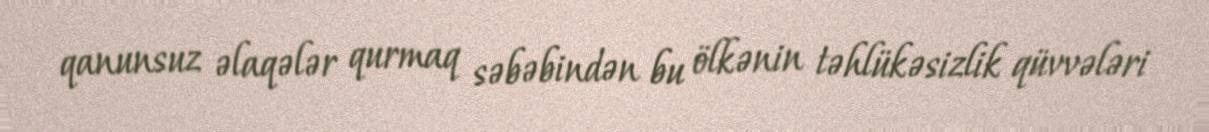
qanunsuz əlaqələr qurmaq səbəbindən bu ölkənin təhlükəsizlik qüvvələri